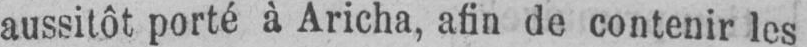
aussitôt porté à Aricha, afin de contenir les